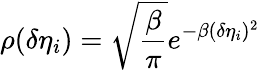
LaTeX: \rho(\delta\eta_{i})=\sqrt{\frac{\beta}{\pi}}e^{-\beta(\delta\eta_{i})^{2}}